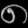
Digit: ၈